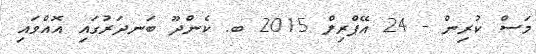
މަސް ކުރިން - 24 އޭޕްރިލް 2015 ބ. ކެންދޫ ބަނދަރުގައި އޮއްވައި